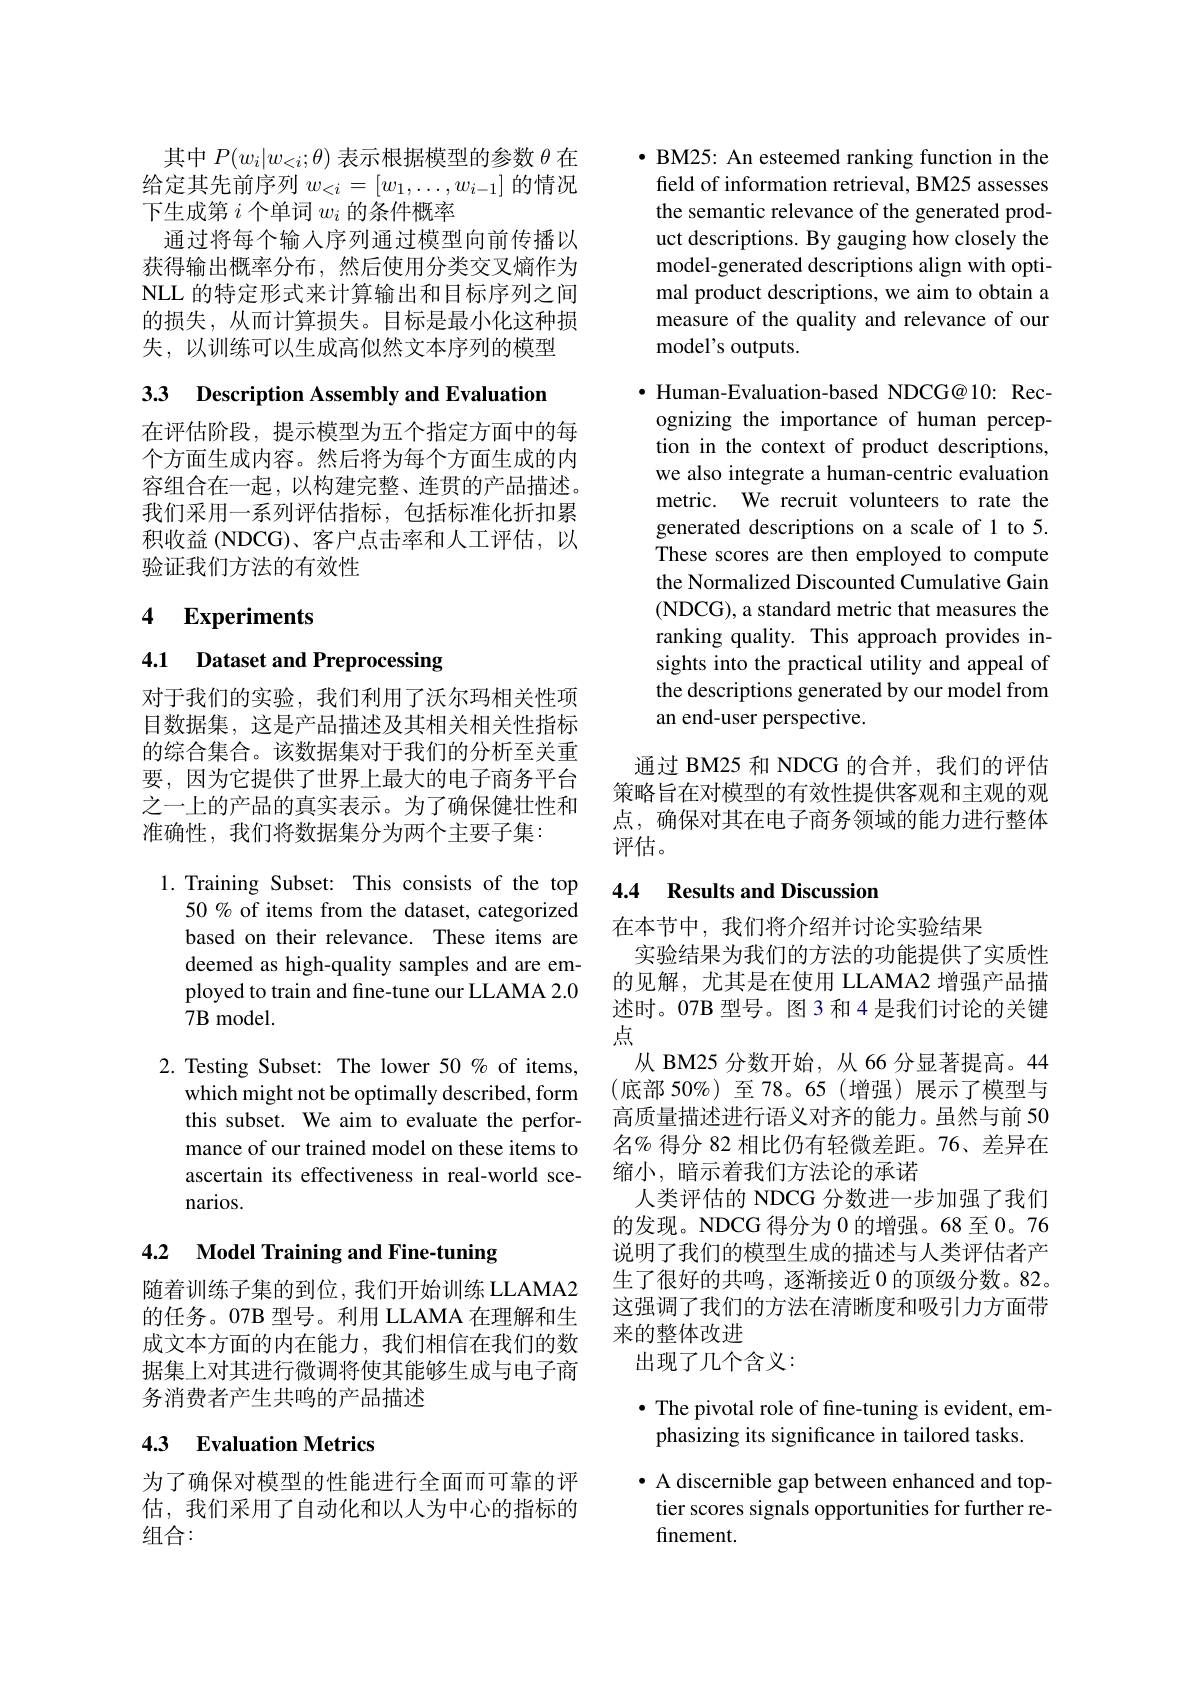
其中$P(w_i|w_{<i};\theta)$表示根据模型的参数$\theta$在给定其先前序列$w_<i=[w_1,\ldots,w_{i-1}]$的情况下生成第$i$个单词$w_i$的条件概率
通过将每个输入序列通过模型向前传播以获得输出概率分布，然后使用分类交叉熵作为NLL 的特定形式来计算输出和目标序列之间的损失，从而计算损失。目标是最小化这种损失，以训练可以生成高似然文本序列的模型

3.3 Description Assembly and Evaluation

在评估阶段，提示模型为五个指定方面中的每个方面生成内容。然后将为每个方面生成的内容组合在一起，以构建完整、连贯的产品描述。我们采用一系列评估指标，包括标准化折扣累积收益 (NDCG)、客户点击率和人工评估，以验证我们方法的有效性

# 4 Experiments

4.1 Dataset and Preprocessing

对于我们的实验，我们利用了沃尔玛相关性项目数据集，这是产品描述及其相关相关性指标的综合集合。该数据集对于我们的分析至关重要，因为它提供了世界上最大的电子商务平台之一上的产品的真实表示。为了确保健壮性和准确性，我们将数据集分为两个主要子集：

1. Training Subset: This consists of the top
50% of items from the dataset, categorized based on their relevance. These items are deemed as high-quality samples and are employed to train and fine-tune our LLAMA 2.0 $7\mathbf{B}$model.

2. Testing Subset: The lower 50% of items,
which might not be optimally described, form this subset. We aim to evaluate the performance of our trained model on these items to ascertain its effectiveness in real-world scenarios.

# 4.2 Model Training and Fine-tuning

随着训练子集的到位，我们开始训练 LLAMA2的任务。07B 型号。利用 LLAMA 在理解和生成文本方面的内在能力，我们相信在我们的数据集上对其进行微调将使其能够生成与电子商务消费者产生共鸣的产品描述

# 43 Evaluation Metrics

为了确保对模型的性能进行全面而可靠的评估，我们采用了自动化和以人为中心的指标的组合：

· BM25: An esteemed ranking function in the
feld of information retrieval, BM25 assesses the semantic relevance of the generated product descriptions. By gauging how closely the model-generated descriptions align with optimal product descriptions, we aim to obtain a measure of the quality and relevance of our model's outputs.

$\bullet$ Human-Evaluation-based NDCG@10: Recognizing the importance of human perception in the context of product descriptions, we also integrate a human-centric evaluation metric. We recruit volunteers to rate the generated descriptions on a scale of 1 to 5. These scores are then employed to compute the Normalized Discounted Cumulative Gain (NDCG), a standard metric that measures the ranking quality. This approach provides insights into the practical utility and appeal of the descriptions generated by our model from an end-user perspective.

通过 BM25 和 NDCG 的合并，我们的评估策略旨在对模型的有效性提供客观和主观的观点，确保对其在电子商务领域的能力进行整体评估。

## 4.4 Results and Discussion

在本节中，我们将介绍并讨论实验结果
实验结果为我们的方法的功能提供了实质性的见解，尤其是在使用 LLAMA2 增强产品描述时。07B 型号。图 3 和 4 是我们讨论的关键点
从 BM25 分数开始，从 66 分显著提高。44 (底部 50%)至 78。65(增强)展示了模型与高质量描述进行语义对齐的能力。虽然与前 50名% 得分 82 相比仍有轻微差距。76、差异在缩小，暗示着我们方法论的承诺
人类评估的 NDCG 分数进一步加强了我们的发现。NDCG 得分为 0 的增强。68 至 0。76说明了我们的模型生成的描述与人类评估者产生了很好的共鸣，逐渐接近 0 的顶级分数。82。这强调了我们的方法在清晰度和吸引力方面带来的整体改进
出现了几个含义：

## $\bullet$ The pivotal role of fine-tuning is evident, emphasizing its significance in tailored tasks.

· A discernible gap between enhanced and top tier scores signals opportunities for further refinement.